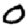
Digit: 0